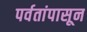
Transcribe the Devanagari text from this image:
पर्वतांपासून